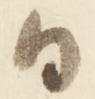
日